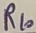
Text: R10